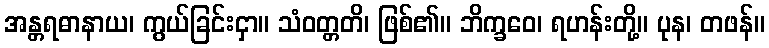
အန္တရဓာနာယ၊ ကွယ်ခြင်းငှာ။ သံဝတ္တတိ၊ ဖြစ်၏။ ဘိက္ခဝေ၊ ရဟန်းတို့။ ပုန၊ တဖန်။